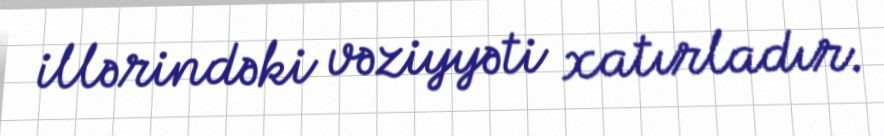
illərindəki vəziyyəti xatırladır.